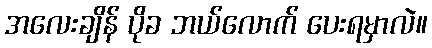
အလေးချိန် ပိုခ ဘယ်လောက် ပေးရမှာလဲ။